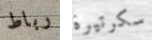
رباط سكرتيرة